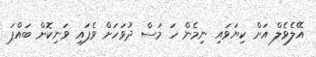
އޭލެވެލް އަށް ކިޔަވައި ނިމެން ހަ މަސް ދުވަހަށް ވެފައި ވަނިކޮށް ބައްޕަ